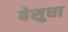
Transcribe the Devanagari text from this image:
बेसुधा